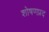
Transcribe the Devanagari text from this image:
शोषणप्रद